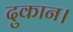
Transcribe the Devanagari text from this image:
दुकान।